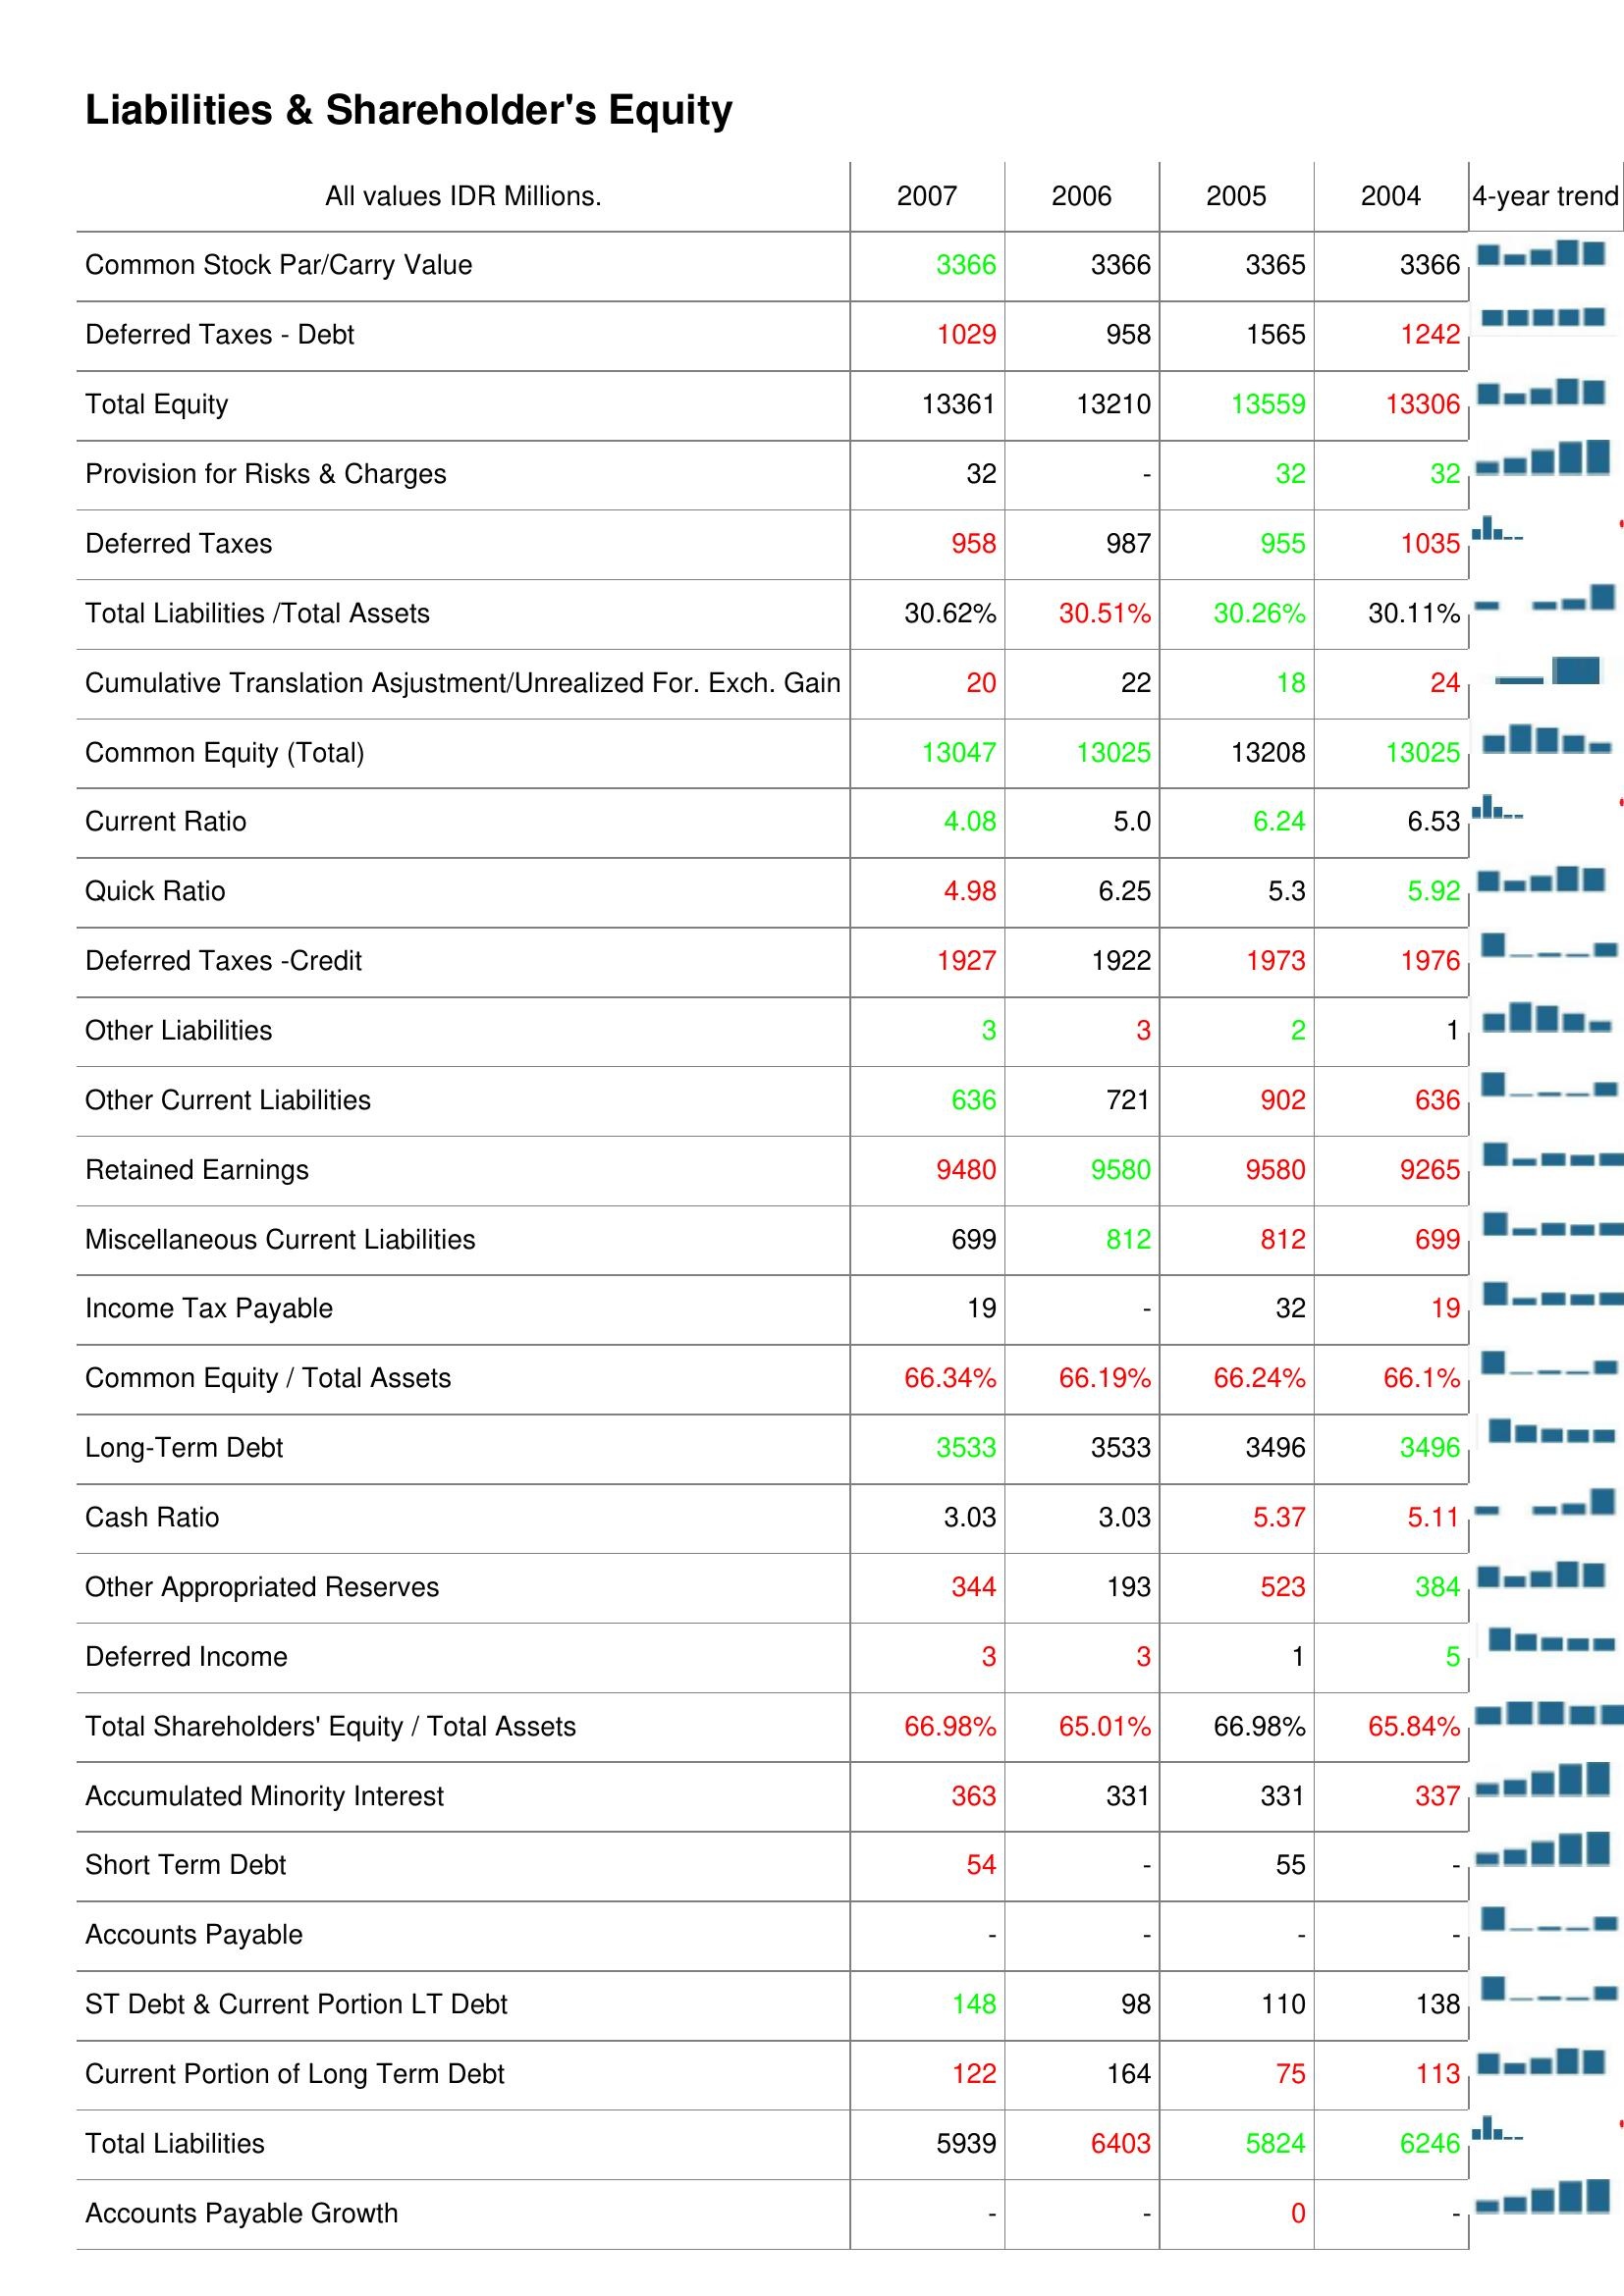
2007: Liabilities & Shareholder's Equity: Common Stock Par/Carry Value: 3366
Deferred Taxes - Debt: 1029
Total Equity: 13361
Provision for Risks & Charges: 32
Deferred Taxes: 958
Total Liabilities /Total Assets: 30.62%
Cumulative Translation Asjustment/Unrealized For. Exch. Gain: 20
Common Equity (Total): 13047
Current Ratio: 4.08
Quick Ratio: 4.98
Deferred Taxes -Credit: 1927
Other Liabilities: 3
Other Current Liabilities: 636
Retained Earnings: 9480
Miscellaneous Current Liabilities: 699
Income Tax Payable: 19
Common Equity / Total Assets: 66.34%
Long-Term Debt: 3533
Cash Ratio: 3.03
Other Appropriated Reserves: 344
Deferred Income: 3
Total Shareholders' Equity / Total Assets: 66.98%
Accumulated Minority Interest: 363
Short Term Debt: 54
Accounts Payable: -
ST Debt & Current Portion LT Debt: 148
Current Portion of Long Term Debt: 122
Total Liabilities: 5939
Accounts Payable Growth: -
2006: Liabilities & Shareholder's Equity: Common Stock Par/Carry Value: 3366
Deferred Taxes - Debt: 958
Total Equity: 13210
Provision for Risks & Charges: -
Deferred Taxes: 987
Total Liabilities /Total Assets: 30.51%
Cumulative Translation Asjustment/Unrealized For. Exch. Gain: 22
Common Equity (Total): 13025
Current Ratio: 5.0
Quick Ratio: 6.25
Deferred Taxes -Credit: 1922
Other Liabilities: 3
Other Current Liabilities: 721
Retained Earnings: 9580
Miscellaneous Current Liabilities: 812
Income Tax Payable: -
Common Equity / Total Assets: 66.19%
Long-Term Debt: 3533
Cash Ratio: 3.03
Other Appropriated Reserves: 193
Deferred Income: 3
Total Shareholders' Equity / Total Assets: 65.01%
Accumulated Minority Interest: 331
Short Term Debt: -
Accounts Payable: -
ST Debt & Current Portion LT Debt: 98
Current Portion of Long Term Debt: 164
Total Liabilities: 6403
Accounts Payable Growth: -
2005: Liabilities & Shareholder's Equity: Common Stock Par/Carry Value: 3365
Deferred Taxes - Debt: 1565
Total Equity: 13559
Provision for Risks & Charges: 32
Deferred Taxes: 955
Total Liabilities /Total Assets: 30.26%
Cumulative Translation Asjustment/Unrealized For. Exch. Gain: 18
Common Equity (Total): 13208
Current Ratio: 6.24
Quick Ratio: 5.3
Deferred Taxes -Credit: 1973
Other Liabilities: 2
Other Current Liabilities: 902
Retained Earnings: 9580
Miscellaneous Current Liabilities: 812
Income Tax Payable: 32
Common Equity / Total Assets: 66.24%
Long-Term Debt: 3496
Cash Ratio: 5.37
Other Appropriated Reserves: 523
Deferred Income: 1
Total Shareholders' Equity / Total Assets: 66.98%
Accumulated Minority Interest: 331
Short Term Debt: 55
Accounts Payable: -
ST Debt & Current Portion LT Debt: 110
Current Portion of Long Term Debt: 75
Total Liabilities: 5824
Accounts Payable Growth: 0
2004: Liabilities & Shareholder's Equity: Common Stock Par/Carry Value: 3366
Deferred Taxes - Debt: 1242
Total Equity: 13306
Provision for Risks & Charges: 32
Deferred Taxes: 1035
Total Liabilities /Total Assets: 30.11%
Cumulative Translation Asjustment/Unrealized For. Exch. Gain: 24
Common Equity (Total): 13025
Current Ratio: 6.53
Quick Ratio: 5.92
Deferred Taxes -Credit: 1976
Other Liabilities: 1
Other Current Liabilities: 636
Retained Earnings: 9265
Miscellaneous Current Liabilities: 699
Income Tax Payable: 19
Common Equity / Total Assets: 66.1%
Long-Term Debt: 3496
Cash Ratio: 5.11
Other Appropriated Reserves: 384
Deferred Income: 5
Total Shareholders' Equity / Total Assets: 65.84%
Accumulated Minority Interest: 337
Short Term Debt: -
Accounts Payable: -
ST Debt & Current Portion LT Debt: 138
Current Portion of Long Term Debt: 113
Total Liabilities: 6246
Accounts Payable Growth: -